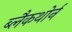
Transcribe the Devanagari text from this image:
ब्लैकथोर्न